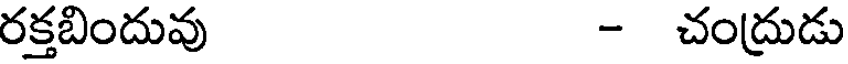
రక్తబిందువు - చంద్రుడు